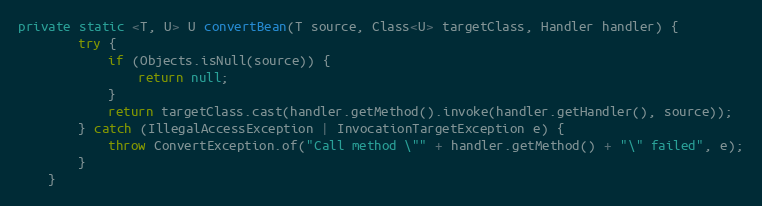
Language: Java
private static <T, U> U convertBean(T source, Class<U> targetClass, Handler handler) {
        try {
            if (Objects.isNull(source)) {
                return null;
            }
            return targetClass.cast(handler.getMethod().invoke(handler.getHandler(), source));
        } catch (IllegalAccessException | InvocationTargetException e) {
            throw ConvertException.of("Call method \"" + handler.getMethod() + "\" failed", e);
        }
    }